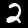
Label: 2